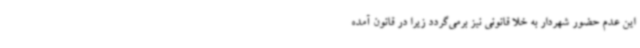
این عدم حضور شهردار به خلا قانونی نیز برمی‌گردد زیرا در قانون آمده